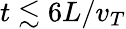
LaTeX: t\lesssim 6L/v_{T}